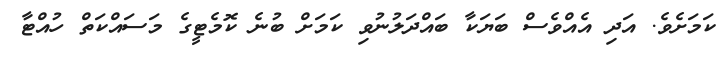
ކަަމަށެވެ. އަދި އެއްވެސް ބަޔަކާ ބައްދަލުނުވި ކަމަށް ބުނެ ކޮމެޓީގެ މަސައްކަތް ހުއްޓާ